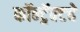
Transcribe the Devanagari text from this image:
कॉन्ट्रॅक्‍टचे